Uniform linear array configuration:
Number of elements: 12
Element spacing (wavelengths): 0.75
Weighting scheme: kaiser
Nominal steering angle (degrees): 0
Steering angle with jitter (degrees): -0.3808
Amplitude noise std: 0.05
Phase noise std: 0.05

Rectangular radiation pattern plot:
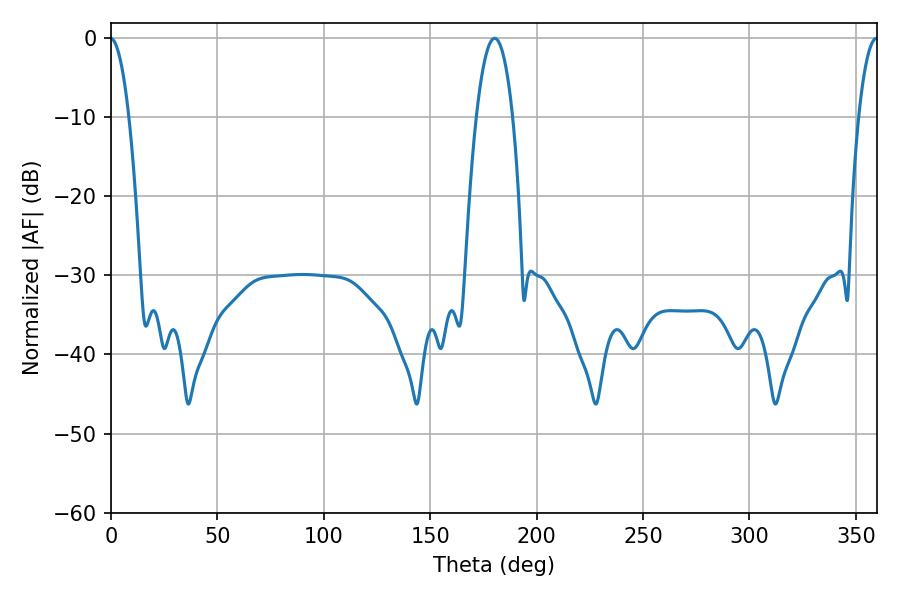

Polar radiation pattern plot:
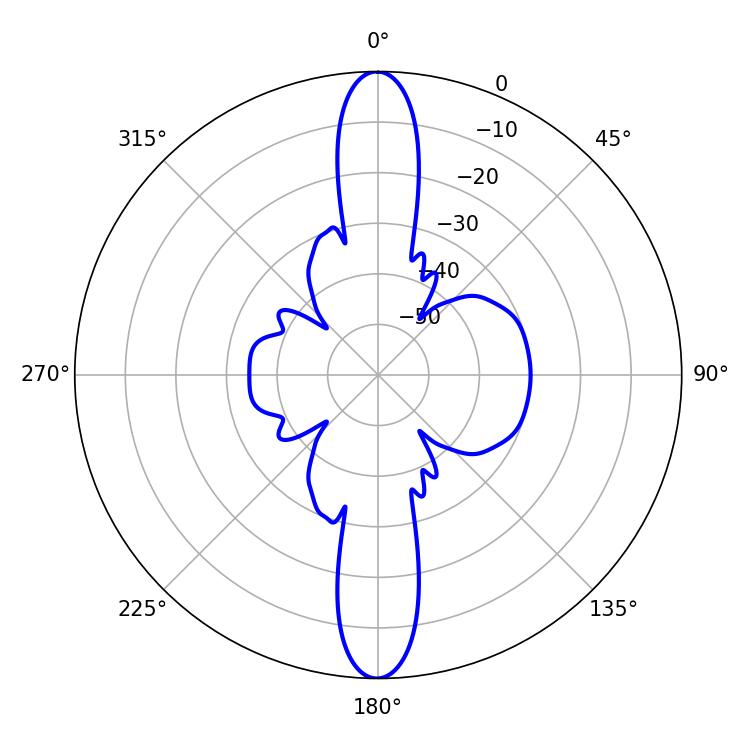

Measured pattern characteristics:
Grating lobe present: TRUE
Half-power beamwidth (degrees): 9.54
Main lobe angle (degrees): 180.18